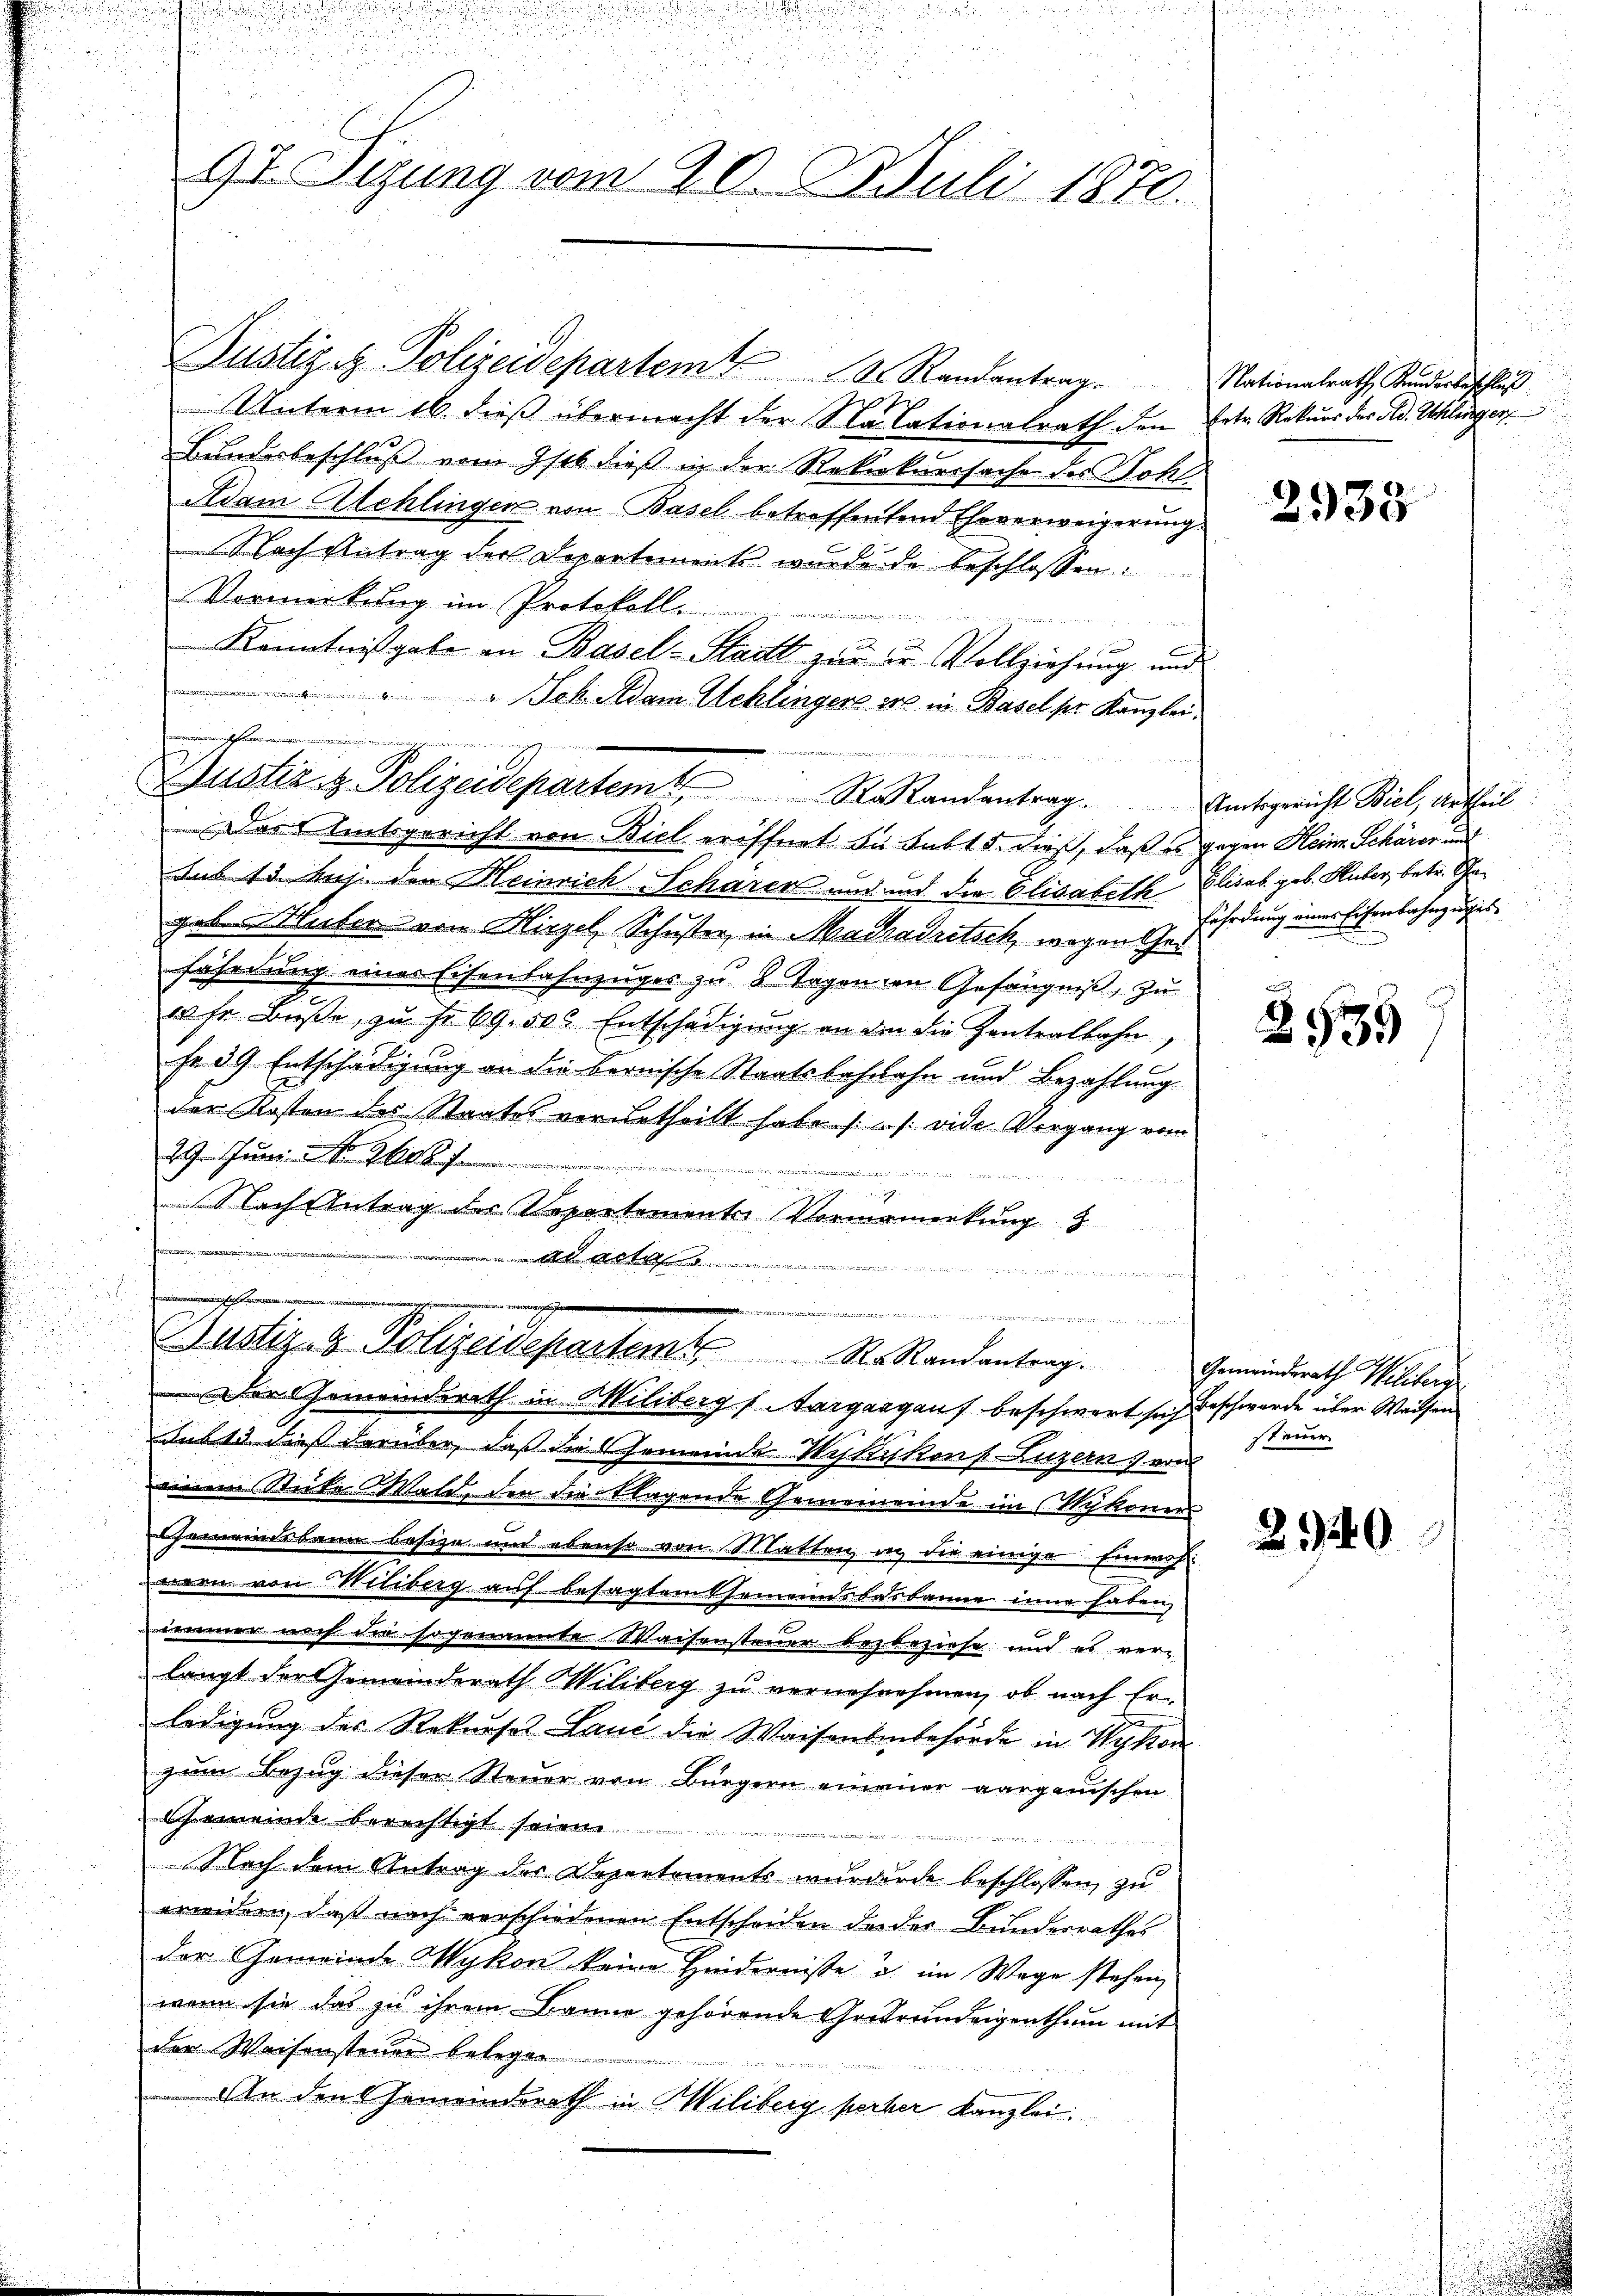
n

Justiz & Polizeidepartem Randantrag. Nationalrath Kundesbeschlus
Unterm 16. dieß übermacht der Salationalrath den Betr. Rekurs der od. Uhlinger
Bundesbeschluß vom 9sts dieß in der Rekerkurssache des Sohl
Adam Alchlingen von Basel betreffentend Eheverweigerung
Nach Antrag der Departement wurde de beschlossen:
Vormirkung im Protokoll.
Kenntnißgabe an Basel-Stadt zur die Vollziehung und
Jok Adam Schlingers er in Basel pr. Kanzlei.
Das Amtsgericht von Biel eröffnet bei Fubt 5. dieß, daß es gegen Heine Schärer und
Aus 13. huj. den Heinrich Scharen und und die Elisabeth Elisab. geb. Huber, betr. Schageben Huber von Hirzel, Schuster, in Matradretsch, wegen Ged
fährdung eines Eisenbahnzuges zu 8 Tagenen Gefängniß, zu
us fr. Buße, zu Fr. 69. 50. Entschädigung an den die Zentralkohn,
fr. 39 Entschädigung an die bernische Staatsbahnahn und Bezahlung
der Kosten des Staates verurtheilt habe u. vide Vorgang von
29. Juni u. Nr. 2
2

g
Nach Antrag des Repartementer Vornamenkung 3
A t

enen ge
 .................  ..
¬
Justiz- & Polizeidepartem R. Randantrag. Gemeinderath Wilibera
Der Gemeinderath in Miliberg s. Aargargauf beschwert sich beschwerde über Waisen
dus 13. dies darüber, daß die Gemeinde Wytikon P. Luzern von
einem Sticke Wald, den die Klagende Gemeineinde im Wykoners
Gemeindsbann Besize und ebenso von Matten in die einige Einwohl
nern von Wiliberg auf besagtem Gemeinsbasbanne inne haben,
immer nach die sogenannte Waisensteuer bezbeziehe und es ver-
langt der Gemeinderath Militerg zu vernehnehmen, ob nach Erledigung des Rekurses Lauć die Waisenbenbehörde in Wykon
zum Bezug dieser Steuer von Bürgern einauer aargauischen
ach emeinde berechtigt seine
inne einen is
Nach dem Antrag der Departements wurdende beschlossen, zu
weidern, daß nach verschiedenen Entscheiden der der Bundesrathes
der Gemeinde Wykon keine Hindernisse u. im Wage stehen,
wenn sie das zu ihrem Banne gehörende Großrundeigenthum mit
der Weisensteuer belegen
An den Gemeinderath in Wiliberg perber Kanzlei.

u
n
9t. Sizung vom 20. Juli 1870.

sehr schrittel der in mit seiner zu sein und gegeben der
Dustiz & Polizeidepartem St. Randantrag.

2938

Amtsgericht Biel, Urtheil
fährdung einer Eisenbahnzuges

2939

steuer

2940